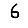
Digit: 6